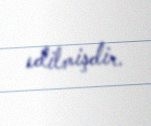
edilmişdir.